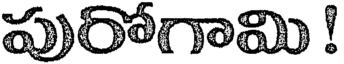
పురోగామి !